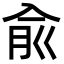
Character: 兪